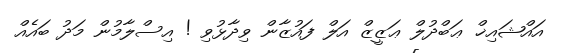
އައްޝައިޚް ޢަބްދުލް ޢަޒީޒް އަލް ފައުޒާން ވިދާޅުވި ! އިސްލާމުން މަދު ބައެއް